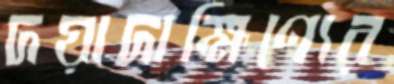
দয়াদাক্ষিণ্যের